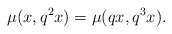
\begin{align*}\mu(x,q^{2}x)=\mu(qx,q^{3}x).\end{align*}